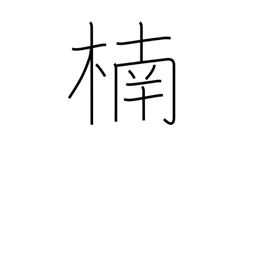
Meaning: camphor tree